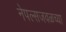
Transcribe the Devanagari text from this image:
नेपल्सजवळच्या